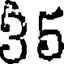
35